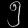
Digit: ၅